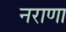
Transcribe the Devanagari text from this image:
नराणा